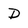
Character: D